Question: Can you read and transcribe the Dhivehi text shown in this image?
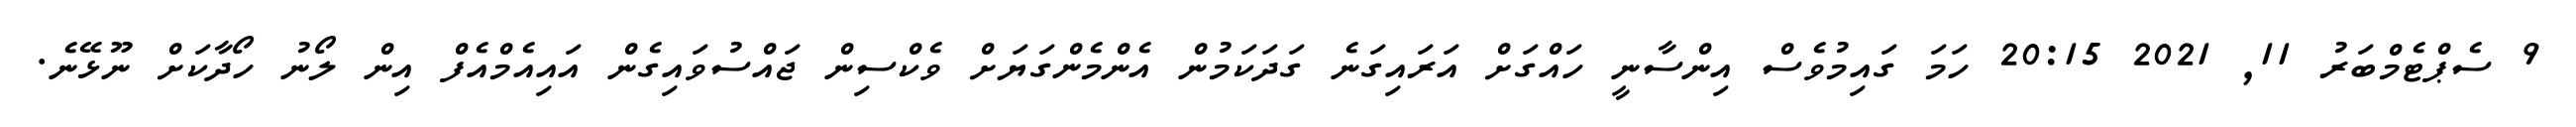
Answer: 9 ސެޕްޓެމްބަރު 11, 2021 20:15 ހަމަ ގައިމުވެސް އިންސާނީ ހައްގަށް އަރައިގަނެ ގަދަކަމުން އެންމެންގަޔަށް ވެކްސިން ޖައްސުވައިގެން އައިއެމްއެފް އިން ލޯނު ހޯދާކަށް ނޫޅޭނެ.